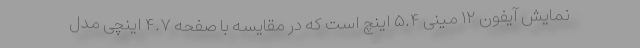
نمایش آیفون ۱۲ مینی ۵.۴ اینچ است که در مقایسه با صفحه ۴.۷ اینچی مدل